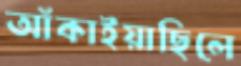
আঁকাইয়াছিলে